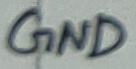
Text: GND